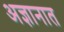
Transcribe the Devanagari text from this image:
अज्ञानात